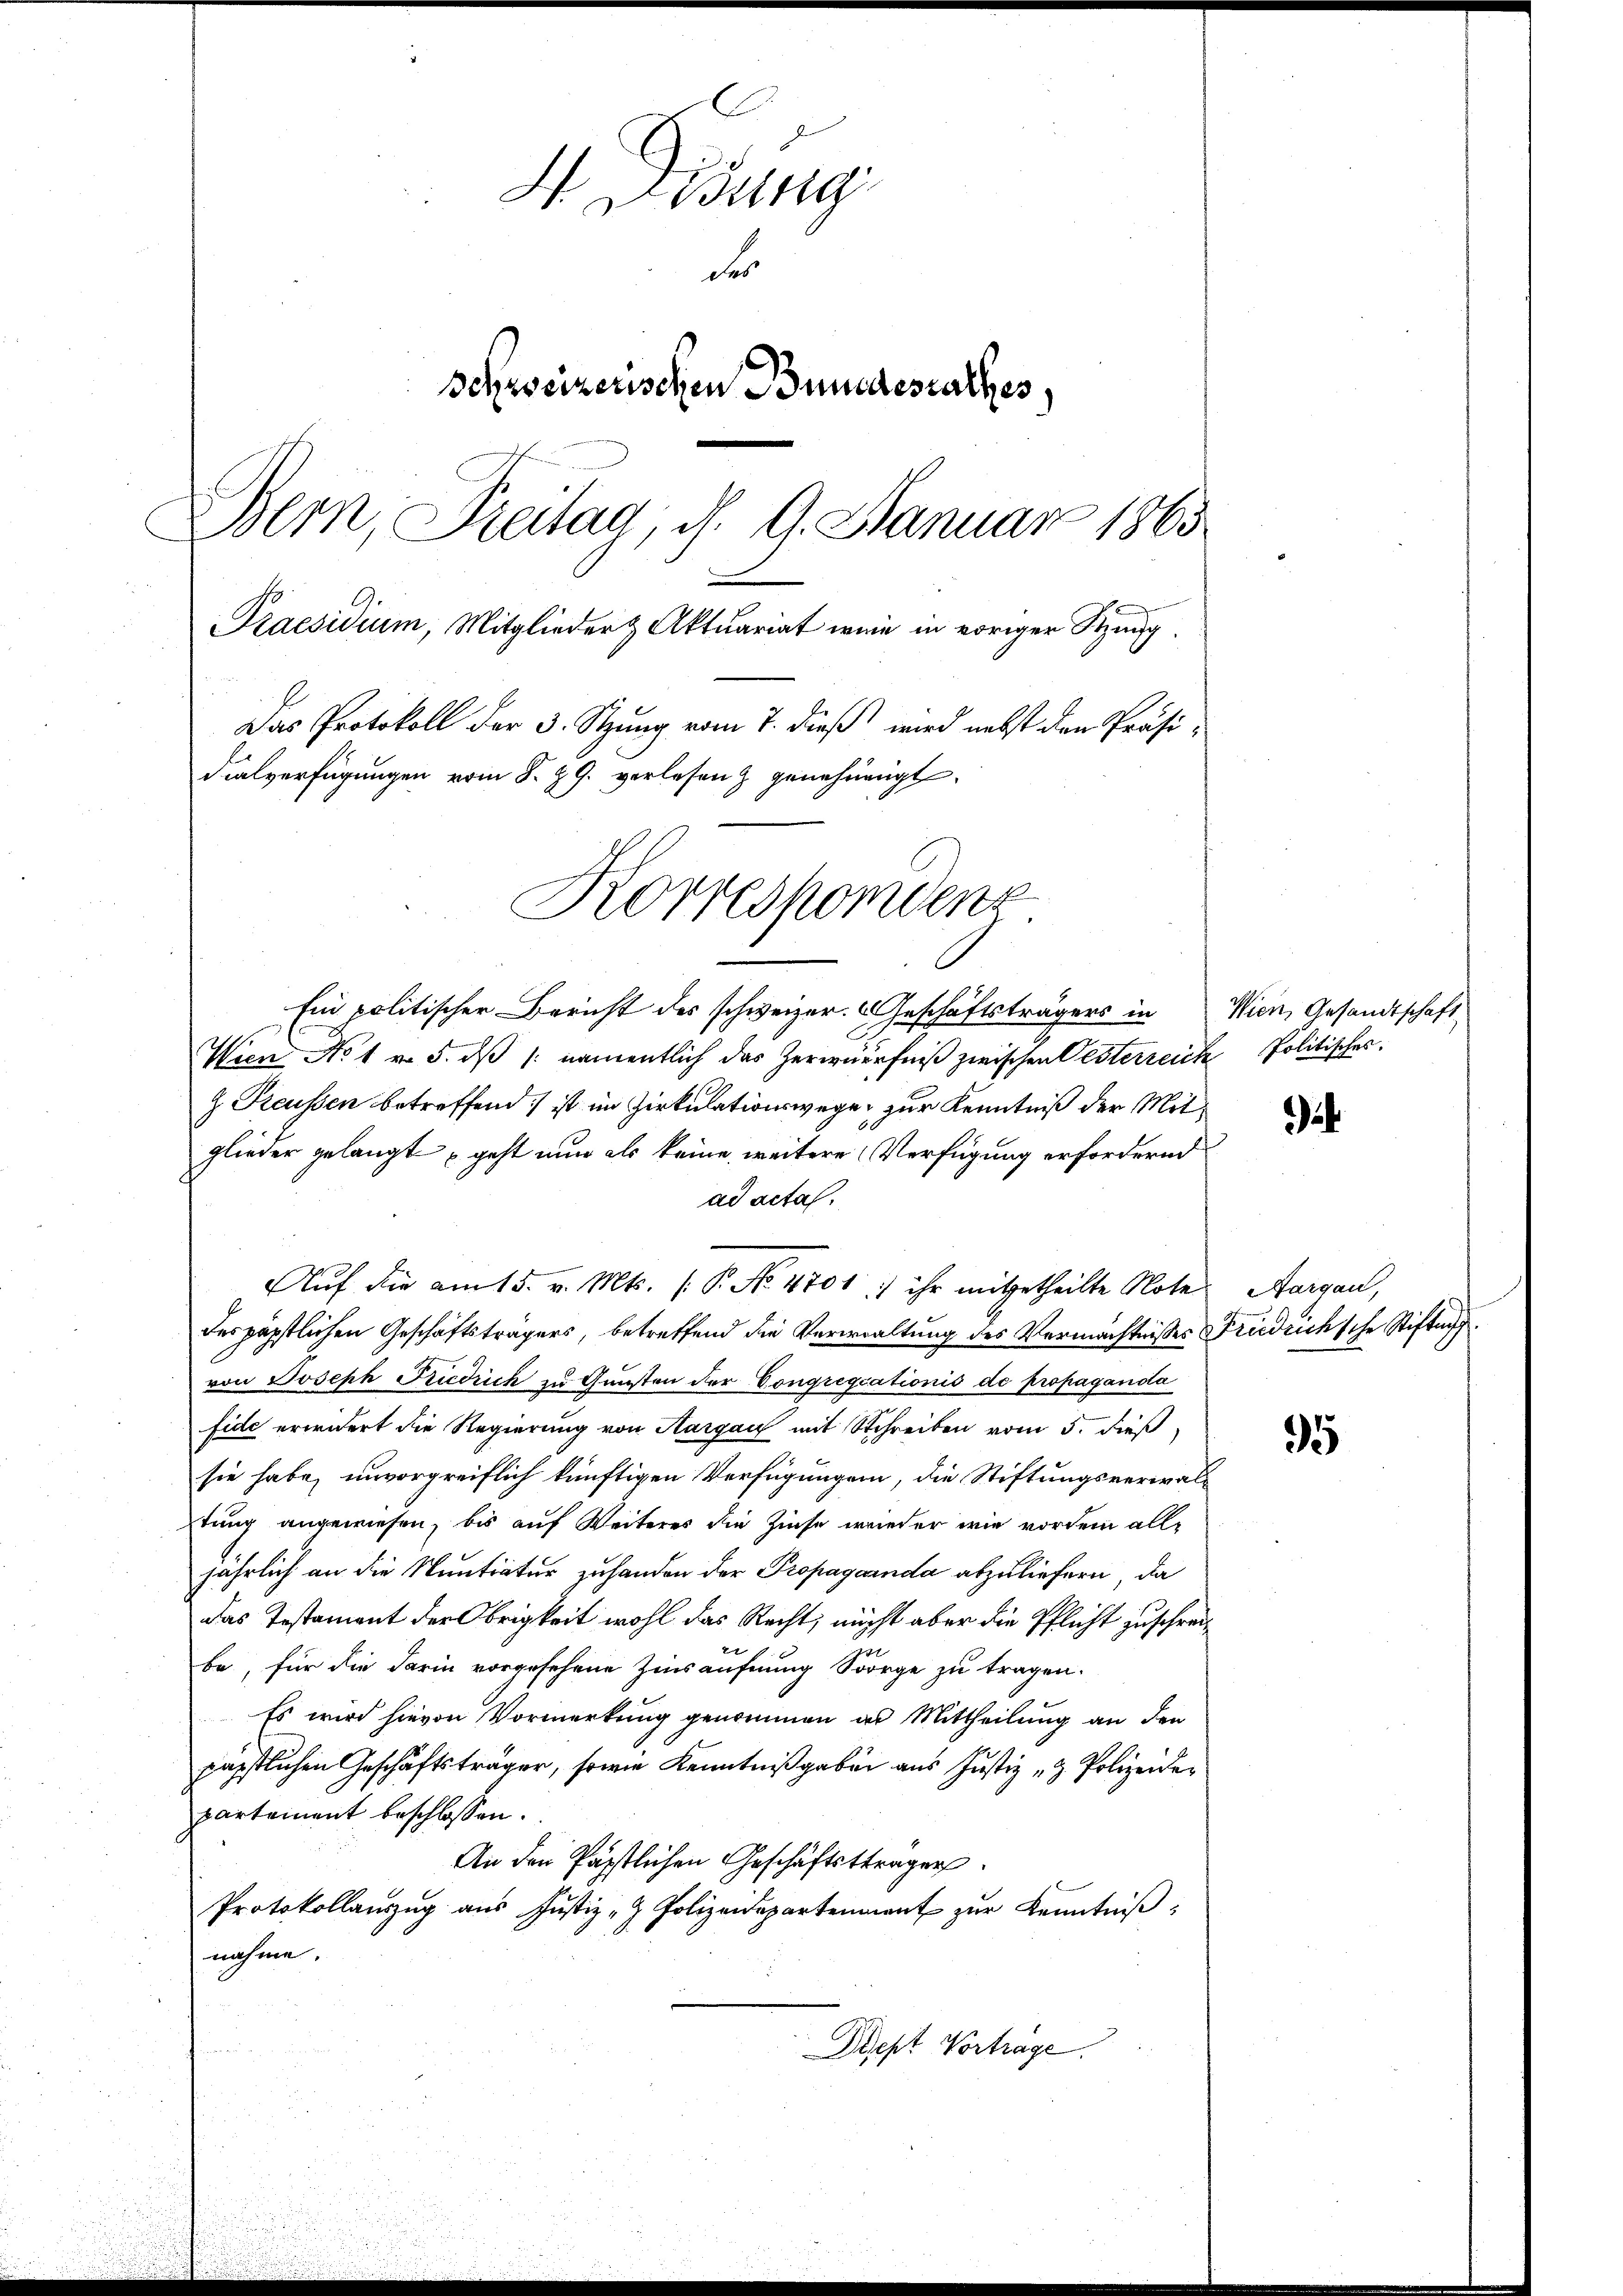
H. Krung
F
Schweizerischen Bundesrathes,
Bern, Freitag, d. 9. Januar 1865
Praesidium, Mitglieder & Aktuariat wenn in voriger Sitzung.
Das Protokoll der 3. Sitzung vom 7. dieß wird nebst den Präsi-
dialverfügungen vom 8. 29. verlesen & genehmigt.
Korrespondenz

Ein politischer Bericht des schweizer. Geschäftsträgers in Wien, Gesandtschaft
Wien No 1 v. 5. dß /: namentlich das Zerwürfniß zwischen Gesterreich Politisches.
z. Reussen betreffend ist im Zirkulationswege, zur Kenntniß der Mitglieder gelangt geht nun als keine weitere Verfügung erfordernd
ad acta.
des päpstlichen Geschäftsträgers, betreffend die Verwaltung des Vermächtnisses Friedrich'sche Stiftung
von Joseph Friedrich zu Gunsten der Congregiationis de propaganda
fide erwidert die Regierung von Aargau mit Schreiben vom 5. dieß,
sie habe, unvorgreiflich künftigen Verfügungen, die Stiftungsverwaltung angewiesen, bis auf Weiteres die Zinse wieder wie vordem alljährlich an die Nantratur zu handen der Propaganda abzuliefern, da
das Testament der Obrigkeit wohl das Recht, nicht aber die Pflicht zuschrei¬
2
be, für die darin vorgesehene Zinsäufnung Sorge zu tragen.
Es wird hievon Vormerkung genommen an Mittheilung an den
päpstlichen Geschäftsträger, sowie Kenntnißgaben aus Justiz „z. Polizeidepartement beschlossen:
An den Päpstlichen Geschäftsttragen.
Protokollaŭszŭg aŭs Justiz- & Polizeidepartenant zŭr Kenntniβ,
nahme.
Dept Vortrage.

Auf die am 15. v. Mts. 1. P. No. 4701 :) ihr mitgetheilte Note

Aargau,

95